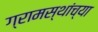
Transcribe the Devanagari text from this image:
ग्रामस्‍थांच्‍या